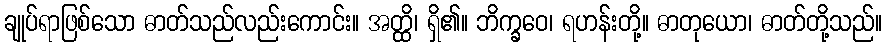
ချုပ်ရာဖြစ်သော ဓာတ်သည်လည်းကောင်း။ အတ္ထိ၊ ရှိ၏။ ဘိက္ခဝေ၊ ရဟန်းတို့။ ဓာတုယော၊ ဓာတ်တို့သည်။